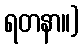
ရတနာ။)